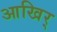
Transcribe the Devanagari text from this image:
आखिर्